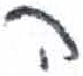
אות: ה